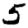
Digit: 5